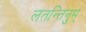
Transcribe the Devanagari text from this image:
लतन्तिनुम्